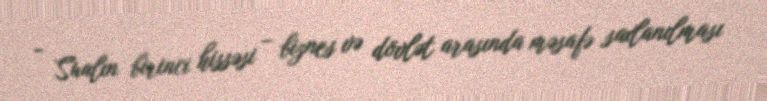
- Sualın birinci hissəsi – biznes və dövlət arasında məsafə saxlanılması